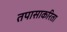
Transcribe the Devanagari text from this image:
तपासाकरिता